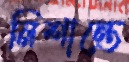
নিশান্তে